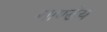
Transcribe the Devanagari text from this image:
गाण्डेय